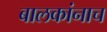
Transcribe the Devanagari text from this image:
बालकांनाच